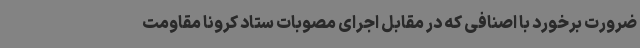
ضرورت برخورد با اصنافی که در مقابل اجرای مصوبات ستاد کرونا مقاومت